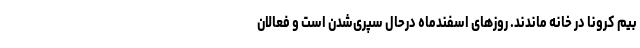
بیم کرونا در خانه ماندند. روزهای اسفندماه درحال سپری‌شدن است و فعالان